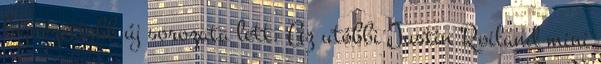
legnézettebb új sorozata lett. Az utóbbi Justin Roiland mini